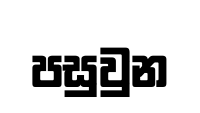
පසුවුන